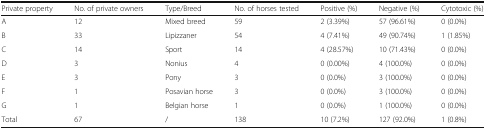
<table><thead><tr><td><b>Private property</b></td><td><b>No. of private owners</b></td><td><b>Type/Breed</b></td><td><b>No. of horses tested</b></td><td><b>Positive (%)</b></td><td><b>Negative (%)</b></td><td><b>Cytotoxic (%)</b></td></tr></thead><tbody><tr><td>A</td><td>12</td><td>Mixed breed</td><td>59</td><td>2 (3.39%)</td><td>57 (96.61%)</td><td>0 (0.0%)</td></tr><tr><td>B</td><td>33</td><td>Lipizzaner</td><td>54</td><td>4 (7.41%)</td><td>49 (90.74%)</td><td>1 (1.85%)</td></tr><tr><td>C</td><td>14</td><td>Sport</td><td>14</td><td>4 (28.57%)</td><td>10 (71.43%)</td><td>0 (0.0%)</td></tr><tr><td>D</td><td>3</td><td>Nonius</td><td>4</td><td>0 (0.00%)</td><td>4 (100.0%)</td><td>0 (0.0%)</td></tr><tr><td>E</td><td>3</td><td>Pony</td><td>3</td><td>0 (0.0%)</td><td>3 (100.0%)</td><td>0 (0.0%)</td></tr><tr><td>F</td><td>1</td><td>Posavian horse</td><td>3</td><td>0 (0.0%)</td><td>3 (100.0%)</td><td>0 (0.0%)</td></tr><tr><td>G</td><td>1</td><td>Belgian horse</td><td>1</td><td>0 (0.0%)</td><td>1 (100.0%)</td><td>0 (0.0%)</td></tr><tr><td>Total</td><td>67</td><td>/</td><td>138</td><td>10 (7.2%)</td><td>127 (92.0%)</td><td>1 (0.8%)</td></tr></tbody></table>